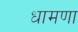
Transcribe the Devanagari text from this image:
धामणा